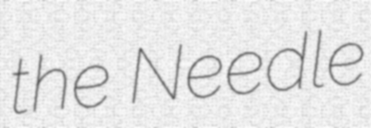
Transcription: the Needle